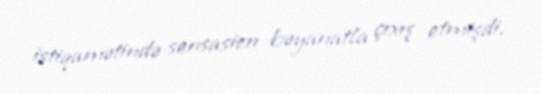
istiqamətində sensasion bəyanatla çıxış etmişdi.